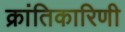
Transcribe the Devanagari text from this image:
क्रांतिकारिणी